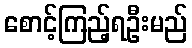
စောင့်ကြည့်ရဦးမည်